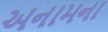
અનામના